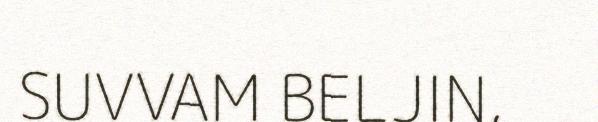
SUVVAM BELJIN,